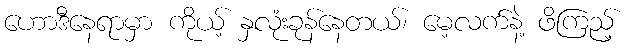
ဟောဒီနေရာမှာ ကိုယ့် နှလုံးခုန်နေတယ်၊ မေ့လက်နဲ့ ဖိကြည့်